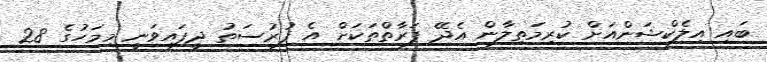
ބައި އިލެކްޝަންއަށް ކުރިމަތިލާން އެދޭ ފަރާތްތަކަށް އެ ފުރުސަތު ދީފައިވަނީ މިމަހުގެ 28